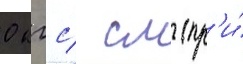
0 кгс/ см (пр'и́